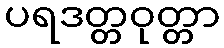
ပရဒတ္တဝုတ္တာ